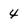
Character: 4